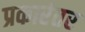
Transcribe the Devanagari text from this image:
प्रकारंतर